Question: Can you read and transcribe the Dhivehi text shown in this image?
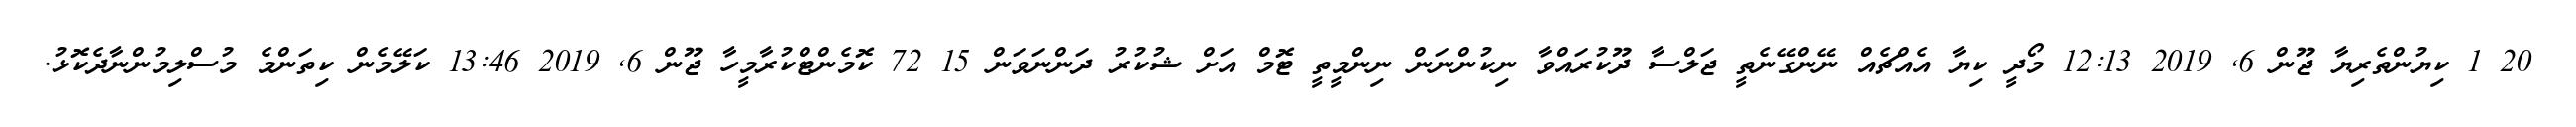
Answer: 20 1 ކިޔުންތެރިޔާ ޖޫން 6, 2019 12:13 މޯދީ ކިޔާ އެއްޗެއް ނޭންގޭނެތީ ޖަލްސާ ދޫކުރައްވާ ނިކުންނަން ނިންމީތީ ޓޮމް އަށް ޝުކުރު ދަންނަވަން 15 72 ކޮމެންޓްކުރާމީހާ ޖޫން 6, 2019 13:46 ކަލޭމެން ކިތަންމެ މުސްލިމުންނާދެކޮޅު.